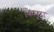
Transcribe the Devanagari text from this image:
किमूरा